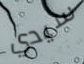
سيدي